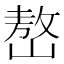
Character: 嶅